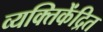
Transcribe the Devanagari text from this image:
व्यक्तिकेंद्रित